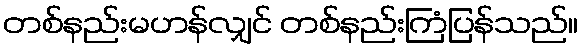
တစ်နည်းမဟန်လျှင် တစ်နည်းကြံပြန်သည်။